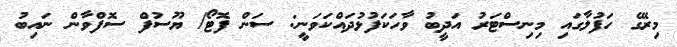
މިރޭގެ ހަފުލާގައި މިނިސްޓަރު އަދީބު ވާހަކަފުޅުދައްކަވަނީ: ސަން ފޮޓޯ/ ޔޫސުފް ސޮފްވާން ނައިބު